Indian journal of veterinary science and animal husbandry - Volume 6,
Year: 1936
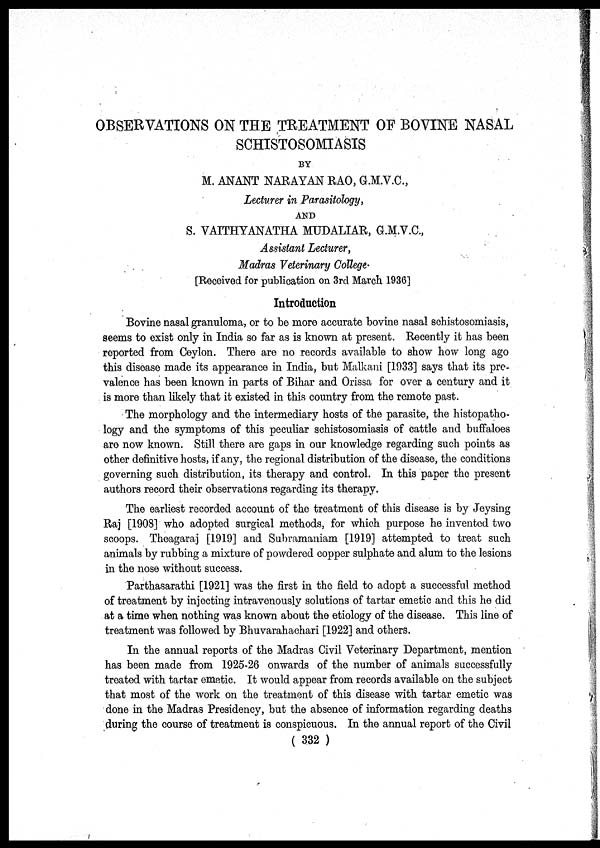
OBSERVATIONS ON THE TREATMENT OF BOVINE NASAL
SCHISTOSOMIASIS
BY
M. ANANT NARAYAN RAO, G.M.V.C.,
Lecturer in Parasitology,
AND
S. VAITHYANATHA MUDALIAR, G.M.V.C.,
Assistant Lecturer,
Madras Veterinary College.
[Received for publication on 3rd March 1936]
Introduction
Bovine nasal granuloma, or to be more accurate bovine nasal schistosomiasis,
seems to exist only in India so far as is known at present. Recently it has been
reported from Ceylon. There are no records available to show how long ago
this disease made its appearance in India, but Malkani [1933] says that its pre-
valence has been known in parts of Bihar and Orissa for over a century and it
is more than likely that it existed in this country from the remote past.
The morphology and the intermediary hosts of the parasite, the histopatho¬
logy and the symptoms of this peculiar schistosomiasis of cattle and buffaloes
are now known. Still there are gaps in our knowledge regarding such points as
other definitive hosts, if any, the regional distribution of the disease, the conditions
governing such distribution, its therapy and control. In this paper the present
authors record their observations regarding its therapy.
The earliest recorded account of the treatment of this disease is by Jeysing
Raj [1908] who adopted surgical methods, for which purpose he invented two
scoops. Theagaraj [1919] and Subramaniam [1919] attempted to treat such
animals by rubbing a mixture of powdered copper sulphate and alum to the lesions
in the nose without success.
Parthasarathi [1921] was the first in the field to adopt a successful method
of treatment by injecting intravenously solutions of tartar emetic and this he did
at a time when nothing was known about the etiology of the disease. This line of
treatment was followed by Bhuvarahachari [1922] and others.
In the annual reports of the Madras Civil Veterinary Department, mention
has been made from 1925-26 onwards of the number of animals successfully
treated with tartar emetic. It would appear from records available on the subject
that most of the work on the treatment of this disease with tartar emetic was
done in the Madras Presidency, but the absence of information regarding deaths
during the course of treatment is conspicuous. In the annual report of the Civil
( 332 )